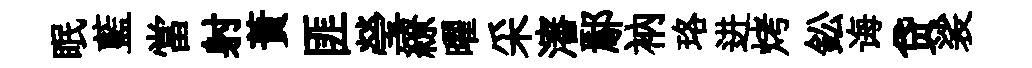
眠藍當射蕡匪瑩繚曜采瀋鄢衲珞进烤鈆诲贷裟